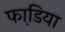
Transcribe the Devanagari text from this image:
फाडि़या